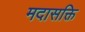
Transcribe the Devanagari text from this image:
मदासक्ति